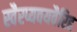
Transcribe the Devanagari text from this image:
स्वैरप्यवयवैरिह